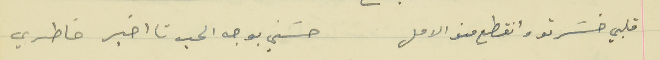
قلبي خسَرتو وانقطع منو الامل                                           حسَني بوجه الحب تا اخبر خاطري